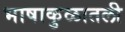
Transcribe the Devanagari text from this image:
भाषाकुळातली